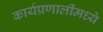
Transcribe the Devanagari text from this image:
कार्यप्रणालींमध्ये